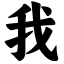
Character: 我